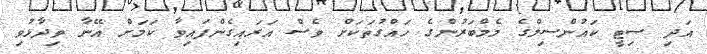
އަދި ސިޓީ ކައުންސިލްގެ މެމްބަރުންގެ ހައްގުތަކަށް ވެސް އަރައިގެންފައިވާ ކަމަށް އޭނާ ވިދާޅުވި